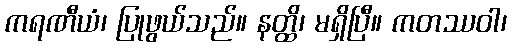
ကရဏီယံ၊ ပြုဖွယ်သည်။ နတ္ထိ၊ မရှိပြီ။ ကတဿဝါ၊